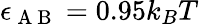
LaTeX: \epsilon_{\mathrm{~A~B~}}=0.95k_{B}T